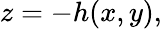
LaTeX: z=-h(x,y),